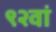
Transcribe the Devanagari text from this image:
९२वां